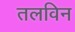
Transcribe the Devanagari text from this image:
तलविन